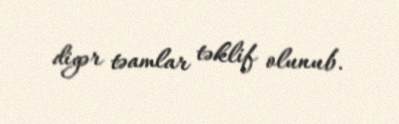
digər təamlar təklif olunub.